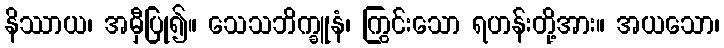
နိဿာယ၊ အမှီပြု၍။ သေသဘိက္ခူနံ၊ ကြွင်းသော ရဟန်းတို့အား။ အယသော၊